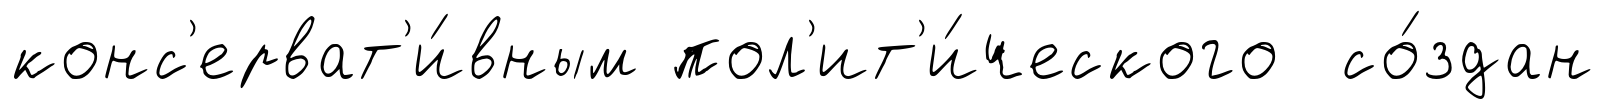
конс'ерват'и́вным пол'ит'и́ческого со́здан